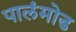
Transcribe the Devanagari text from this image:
पालंमोड